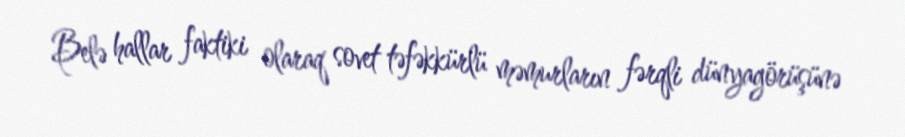
Belə hallar faktiki olaraq sovet təfəkkürlü məmurların fərqli dünyagörüşünə